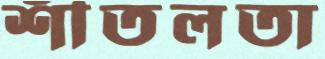
শীতলতা